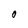
Character: 0